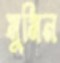
মুমিন